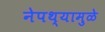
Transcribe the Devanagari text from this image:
नेपथ्यामुळे